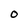
Character: 0